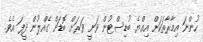
ހުންނަ އިމާރާތަކަށް އިއްޔެ ބުޑިސްޓުން ވަނީ ވަރަށް ބޮޑަށް ގެއްލުން ދީފަ އެވެ.